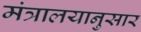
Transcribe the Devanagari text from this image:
मंत्रालयानुसार